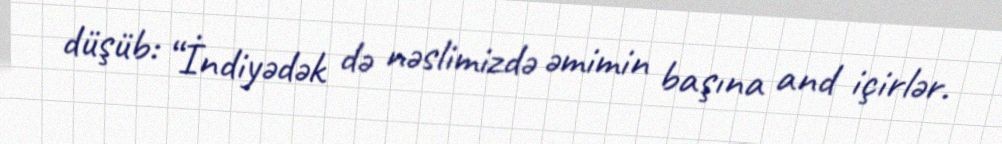
düşüb: “İndiyədək də nəslimizdə əmimin başına and içirlər.